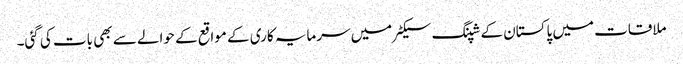
ملاقات میں پاکستان کے شپنگ سیکٹر میں سرمایہ کاری کے مواقع کے حوالے سے بھی بات کی گئی۔